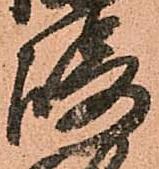
埼